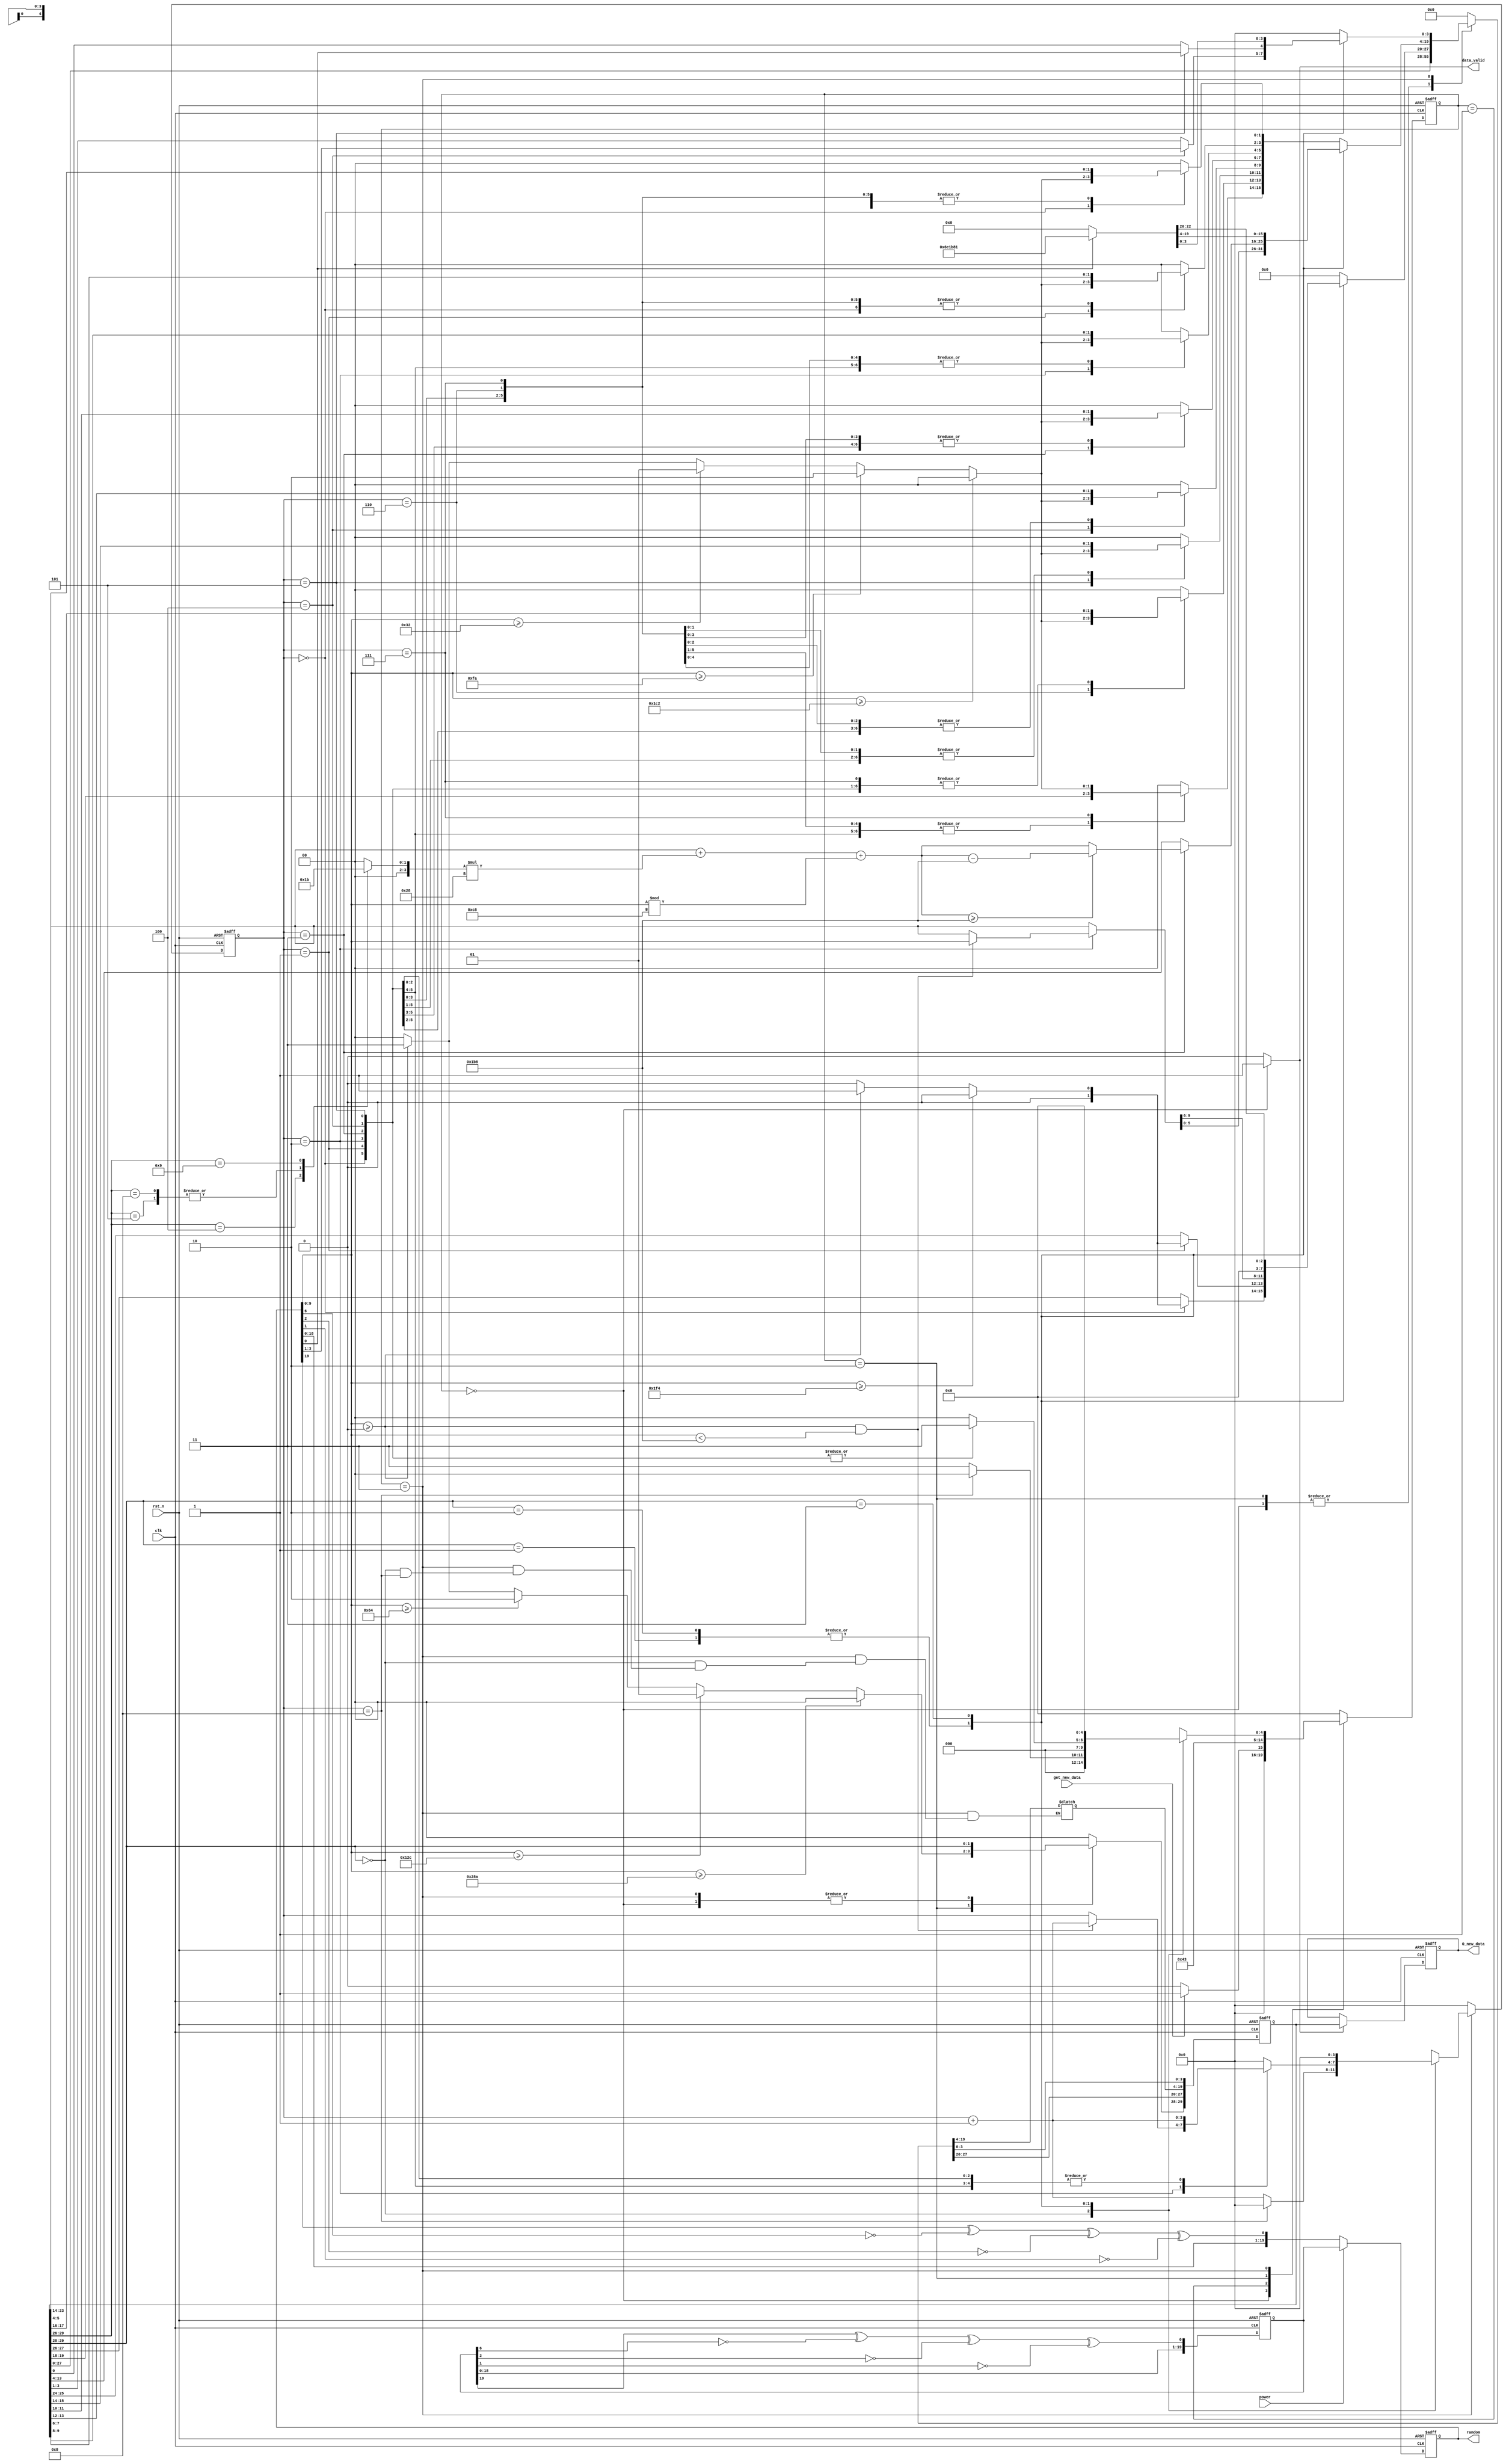
`timescale 1ns / 1ps
//////////////////////////////////////////////////////////////////////////////////
// Company: 
// Engineer: 
// 
// Design Name: 
// Module Name: random_seed
// Project Name: 
// Target Devices: 
// Tool Versions: 
// Description: 
// 
// Dependencies: 
// 
// Revision:
// Revision 0.01 - File Created
// Additional Comments:
// 
//////////////////////////////////////////////////////////////////////////////////


module random_seed(
	clk, 
	rst_n,
	power,
	get_new_data,
	random,
	O_new_data,
	data_valid
);
	input clk;
	input rst_n;
	input power;
	input get_new_data;
	output [19:0] random;
	output [29:0] O_new_data;
	output reg data_valid;

    // var for LFSR
	reg [19:0] random_time, random_time_next;
	reg [19:0] random, random_next;
	reg random_xnor;
	// end of var for LFSR
	
	// var for generate data
	reg [4:0] generate_state, generate_state_next;
	reg [29:0] O_new_data, O_new_data_next, new_data, new_data_next;
	parameter GRASS = 2'b00, ROAD = 2'b01, RIVER = 2'b10, RAIL = 2'b11;
    parameter EMPTY = 2'b00, TREE = 2'b01, ROCK = 2'b10, COIN = 2'b11;
    parameter CAR_1 = 2'b00, CAR_2 = 2'b01, CAR_3 = 2'b10, CAR_4 = 2'b11;
    parameter WATER_1 = 2'b00, WATER_2 = 2'b01, WATER_3 = 2'b10, WATER_4 = 2'b11;
    parameter TRAIN = 2'b00;
	parameter WAIT = 5'd0, GENERATE_CONTROL = 5'd1, GENERATE_GROUND = 5'd2, GENERATE_BARRIER = 5'd3;
	reg [3:0] counter_barrier, counter_barrier_next;
	reg [3:0] barrier_quantity;
	reg [3:0] barrier_size;
	// end of var for generate data
	
	// generate data
	always @ *
	begin
	   	case (generate_state)
	       	WAIT : begin
	           	// retain
               	new_data_next = new_data;
               	counter_barrier_next = 4'd0;
               	barrier_quantity = 4'd0;
               	// end of retain

               	data_valid = 1'b1;
               
	           	if (get_new_data) begin
	            	generate_state_next = GENERATE_CONTROL;
	           	end
	           	else begin
	               	generate_state_next = WAIT;
	           	end
	       	end
	       	GENERATE_CONTROL : begin
	           	// retain
	           	new_data_next = 30'd0;
	           	counter_barrier_next = 4'd0;
	           	barrier_quantity = 4'd0;
	           	data_valid = 1'b0;
	           	// end of retain
	           
	           	generate_state_next = GENERATE_GROUND;
	       	end
	       	GENERATE_GROUND : begin
	           	// retain
	           	new_data_next[27:0] = new_data[27:0];
	           	counter_barrier_next = 4'd0;
               	barrier_quantity = 4'd0;
               	data_valid = 1'b0;
	           	// end of retain
	           
	           	if (random[9:0] >= 10'd650) begin
	               	new_data_next[29:28] = GRASS;
	           	end
	           	else if (random[9:0] >= 10'd300) begin
	               	new_data_next[29:28] = ROAD;
	           	end
	           	else if (random[9:0] >= 10'd100) begin
	               	new_data_next[29:28] = RIVER;
	           	end
	           	else if (random[9:0] >= 10'd0) begin
	               	new_data_next[29:28] = RAIL;
	           	end
	           	else begin
	               	new_data_next[29:28] = GRASS;
	           	end
	           
	           	generate_state_next = GENERATE_BARRIER;
	       end
	       GENERATE_BARRIER : begin
	           // retain
	           new_data_next[29:28] = new_data[29:28];
	           data_valid = 1'b0;
	           // end of retain
	           
	           case (new_data[29:28])
	               GRASS : begin
	                   barrier_quantity = 4'd8;
	                   new_data_next[27:20] = 8'b0;
	                   new_data_next[3:0] = 4'b0;
	                   if (counter_barrier == barrier_quantity) begin
	                       generate_state_next = WAIT;
	                       counter_barrier_next = 4'd0;
	                   end
	                   else begin
	                       generate_state_next = GENERATE_BARRIER;
	                       counter_barrier_next = counter_barrier + 4'd1;
	                       	case (counter_barrier)
	                       		4'd0 : begin
	                       			// retain
	                       			new_data_next[19:6] = new_data[19:6];
	                       			// end of retain

	                       			if (random[9:0] >= 10'd450) begin
			                           	new_data_next[5:4] = EMPTY;
			                       	end
			                       	else if (random[9:0] >= 10'd250) begin
			                           	new_data_next[5:4] = ROCK;
			                       	end
			                       	else if (random[9:0] >= 10'd50) begin
			                           	new_data_next[5:4] = TREE;
			                       	end
			                       	else if (random[9:0] >= 10'd0) begin
			                           	new_data_next[5:4] = COIN;
			                       	end
			                       	else begin
			                           	new_data_next[5:4] = 16'd0;
			                       	end
	                       		end
	                       		4'd1 : begin
	                       			// retain
	                       			new_data_next[19:8] = new_data[19:8];
	                       			new_data_next[5:4] = new_data[5:4];
	                       			// end of retain

	                       			if (random[9:0] >= 10'd450) begin
			                           	new_data_next[7:6] = EMPTY;
			                       	end
			                       	else if (random[9:0] >= 10'd250) begin
			                           	new_data_next[7:6] = ROCK;
			                       	end
			                       	else if (random[9:0] >= 10'd50) begin
			                           	new_data_next[7:6] = TREE;
			                       	end
			                       	else if (random[9:0] >= 10'd0) begin
			                           	new_data_next[7:6] = COIN;
			                       	end
			                       	else begin
			                           	new_data_next[7:6] = 16'd0;
			                       	end
	                       		end
	                       		4'd2 : begin
	                       			// retain
	                       			new_data_next[19:10] = new_data[19:10];
	                       			new_data_next[7:4] = new_data[7:4];
	                       			// end of retain

	                       			if (random[9:0] >= 10'd450) begin
			                           	new_data_next[9:8] = EMPTY;
			                       	end
			                       	else if (random[9:0] >= 10'd250) begin
			                           	new_data_next[9:8] = ROCK;
			                       	end
			                       	else if (random[9:0] >= 10'd50) begin
			                           	new_data_next[9:8] = TREE;
			                       	end
			                       	else if (random[9:0] >= 10'd0) begin
			                           	new_data_next[9:8] = COIN;
			                       	end
			                       	else begin
			                           	new_data_next[9:8] = 16'd0;
			                       	end
	                       		end
	                       		4'd3 : begin
	                       			// retain
	                       			new_data_next[19:12] = new_data[19:12];
	                       			new_data_next[9:4] = new_data[9:4];
	                       			// end of retain

	                       			if (random[9:0] >= 10'd450) begin
			                           	new_data_next[11:10] = EMPTY;
			                       	end
			                       	else if (random[9:0] >= 10'd250) begin
			                           	new_data_next[11:10] = ROCK;
			                       	end
			                       	else if (random[9:0] >= 10'd50) begin
			                           	new_data_next[11:10] = TREE;
			                       	end
			                       	else if (random[9:0] >= 10'd0) begin
			                           	new_data_next[11:10] = COIN;
			                       	end
			                       	else begin
			                           	new_data_next[11:10] = 16'd0;
			                       	end
	                       		end
	                       		4'd4 : begin
	                       			// retain
	                       			new_data_next[19:14] = new_data[19:14];
	                       			new_data_next[11:4] = new_data[11:4];
	                       			// end of retain

	                       			if (random[9:0] >= 10'd450) begin
			                           	new_data_next[13:12] = EMPTY;
			                       	end
			                       	else if (random[9:0] >= 10'd250) begin
			                           	new_data_next[13:12] = ROCK;
			                       	end
			                       	else if (random[9:0] >= 10'd50) begin
			                           	new_data_next[13:12] = TREE;
			                       	end
			                       	else if (random[9:0] >= 10'd0) begin
			                           	new_data_next[13:12] = COIN;
			                       	end
			                       	else begin
			                           	new_data_next[13:12] = 16'd0;
			                       	end
	                       		end
	                       		4'd5 : begin
	                       			// retain
	                       			new_data_next[19:16] = new_data[19:16];
	                       			new_data_next[13:4] = new_data[13:4];
	                       			// end of retain

	                       			if (random[9:0] >= 10'd450) begin
			                           	new_data_next[15:14] = EMPTY;
			                       	end
			                       	else if (random[9:0] >= 10'd250) begin
			                           	new_data_next[15:14] = ROCK;
			                       	end
			                       	else if (random[9:0] >= 10'd50) begin
			                           	new_data_next[15:14] = TREE;
			                       	end
			                       	else if (random[9:0] >= 10'd0) begin
			                           	new_data_next[15:14] = COIN;
			                       	end
			                       	else begin
			                           	new_data_next[15:14] = 16'd0;
			                       	end
	                       		end
	                       		4'd6 : begin
	                       			// retain
	                       			new_data_next[19:18] = new_data[19:18];
	                       			new_data_next[15:4] = new_data[15:4];
	                       			// end of retain

	                       			if (random[9:0] >= 10'd450) begin
			                           	new_data_next[17:16] = EMPTY;
			                       	end
			                       	else if (random[9:0] >= 10'd250) begin
			                           	new_data_next[17:16] = ROCK;
			                       	end
			                       	else if (random[9:0] >= 10'd50) begin
			                           	new_data_next[17:16] = TREE;
			                       	end
			                       	else if (random[9:0] >= 10'd0) begin
			                           	new_data_next[17:16] = COIN;
			                       	end
			                       	else begin
			                           	new_data_next[17:16] = 16'd0;
			                       	end
	                       		end
	                       		4'd7 : begin
	                       			// retain
	                       			new_data_next[17:4] = new_data[17:4];
	                       			// end of retain

	                       			if (random[9:0] >= 10'd450) begin
			                           	new_data_next[19:18] = EMPTY;
			                       	end
			                       	else if (random[9:0] >= 10'd250) begin
			                           	new_data_next[19:18] = ROCK;
			                       	end
			                       	else if (random[9:0] >= 10'd50) begin
			                           	new_data_next[19:18] = TREE;
			                       	end
			                       	else if (random[9:0] >= 10'd0) begin
			                           	new_data_next[19:18] = COIN;
			                       	end
			                       	else begin
			                           	new_data_next[19:18] = 16'd0;
			                       	end
	                       		end
	                       		default : begin
	                       			new_data_next[19:4] = 16'b0;
	                       		end
	                       	endcase
	                   end
	               end
	               ROAD : begin
	                   barrier_quantity = 4'd6;
	                   case (counter_barrier)
	                       4'd0 : begin
	                           // retain
	                           new_data_next[25:0] = new_data[25:0];
	                           generate_state_next = GENERATE_BARRIER;
	                           // end of retain
	                           
	                           counter_barrier_next = counter_barrier + 4'd1;
	                           if (random[9:0] >= 10'd500) begin
	                               new_data_next[27:26] = CAR_1;
                               end
                               else if (random[9:0] >= 10'd0) begin
                                   new_data_next[27:26] = CAR_2;
                               end
                               else begin
                                   new_data_next[27:26] = CAR_1;
                               end
	                       end
	                       4'd1 : begin
	                           // retain
                               new_data_next[27:26] = new_data[27:26];
                               new_data_next[23:0] = new_data[23:0];
                               generate_state_next = GENERATE_BARRIER;
                               // end of retain
                               
	                           counter_barrier_next = counter_barrier + 4'd1;
	                           if (random[9:0] >= 10'd500) begin
	                               new_data_next[25:24] = CAR_1;
	                           end
	                           else if (random[9:0] >= 10'd0) begin
	                               new_data_next[25:24] = CAR_2;
	                           end
	                           else begin
	                               new_data_next[25:24] = CAR_1;
	                           end
	                       end
	                       4'd2 : begin
	                           // retain
                               new_data_next[27:24] = new_data[27:24];
                               new_data_next[13:0] = new_data[13:0];
                               generate_state_next = GENERATE_BARRIER;
                               // end of retain
                               
	                           if (random[9:0] >= 10'd0 && random[9:0] < 10'd440) begin
	                               counter_barrier_next = counter_barrier + 4'd1;
	                               new_data_next[23:14] = random[9:0];
	                           end
	                           else begin
	                               counter_barrier_next = counter_barrier;
	                               new_data_next[23:14] = new_data[23:14];
	                           end
	                       end
	                       	4'd3 : begin
	                           	// retain
                               	new_data_next[27:14] = new_data[27:14];
                               	new_data_next[3:0] = new_data[3:0];
                               	generate_state_next = GENERATE_BARRIER;
                               	// end of retain

                               	if (new_data[23:14] + barrier_size * 10'd40 + random[9:0] % 10'd200 >= 10'd440) begin
                               		new_data_next[13:4] = new_data[23:14] + barrier_size * 10'd40 + random[9:0] % 10'd200 - 10'd440;
                               	end
                               	else begin
                               		new_data_next[13:4] = new_data[23:14] + barrier_size * 10'd40 + random[9:0] % 10'd200;
                               	end
                               	
                               	counter_barrier_next = counter_barrier + 4'd1;
	                       end
	                       4'd4 : begin
	                           // retain
                               new_data_next[27:4] = new_data[27:4];
                               new_data_next[0] = new_data[0];
                               generate_state_next = GENERATE_BARRIER;
                               // end of retain
                               
                               counter_barrier_next = counter_barrier + 4'd1;
                               new_data_next[3:1] = random[3:1];
                           end
                           4'd5 : begin
	                           // retain
                               new_data_next[27:1] = new_data[27:1];
                               generate_state_next = GENERATE_BARRIER;
                               // end of retain
                               
                               counter_barrier_next = counter_barrier + 4'd1;
                               new_data_next[0] = random[0];
	                       end
	                       4'd6 : begin
	                           new_data_next[27:0] = new_data[27:0];
	                           counter_barrier_next = 4'd0;
	                           generate_state_next = WAIT;
	                       end
	                       
	                       default : begin
	                           new_data_next[27:0] = new_data[27:0];
	                           counter_barrier_next = 4'd0;
	                           generate_state_next = WAIT;
	                       end
	                   endcase
	               end
	               RIVER : begin
                       barrier_quantity = 4'd6;
                       case (counter_barrier)
                           4'd0 : begin
                               // retain
                               new_data_next[25:0] = new_data[25:0];
                               generate_state_next = GENERATE_BARRIER;
                               // end of retain
                               
                               counter_barrier_next = counter_barrier + 4'd1;
                               if (random[9:0] >= 10'd500) begin
                                   new_data_next[27:26] = WATER_1;
                               end
                               else if (random[9:0] >= 10'd0) begin
                                   new_data_next[27:26] = WATER_2;
                               end
                               else begin
                                   new_data_next[27:26] = WATER_1;
                               end
                           end
                           4'd1 : begin
                               // retain
                               new_data_next[27:26] = new_data[27:26];
                               new_data_next[23:0] = new_data[23:0];
                               generate_state_next = GENERATE_BARRIER;
                               // end of retain
                               
                               counter_barrier_next = counter_barrier + 4'd1;
                               if (random[9:0] >= 10'd500) begin
                                   new_data_next[25:24] = WATER_1;
                               end
                               else if (random[9:0] >= 10'd0) begin
                                   new_data_next[25:24] = WATER_2;
                               end
                               else begin
                                   new_data_next[25:24] = WATER_1;
                               end
                           end
                           4'd2 : begin
                               // retain
                               new_data_next[27:24] = new_data[27:24];
                               new_data_next[13:0] = new_data[13:0];
                               generate_state_next = GENERATE_BARRIER;
                               // end of retain
                               
                               if (random[9:0] >= 10'd0 && random[9:0] < 10'd440) begin
                                   counter_barrier_next = counter_barrier + 4'd1;
                                   new_data_next[23:14] = random[9:0];
                               end
                               else begin
                                   counter_barrier_next = counter_barrier;
                                   new_data_next[23:14] = new_data[23:14];
                               end
                           end
                           	4'd3 : begin
                               	// retain
                               	new_data_next[27:14] = new_data[27:14];
                               	new_data_next[3:0] = new_data[3:0];
                               	generate_state_next = GENERATE_BARRIER;
                               	// end of retain
                          
                               	if (new_data[23:14] + barrier_size * 10'd40 + random[9:0] % 10'd200 >= 10'd440) begin
                               		new_data_next[13:4] = new_data[23:14] + barrier_size * 10'd40 + random[9:0] % 10'd200 - 10'd440;
                               	end
                               	else begin
                               		new_data_next[13:4] = new_data[23:14] + barrier_size * 10'd40 + random[9:0] % 10'd200;
                               	end
                               	
                               	counter_barrier_next = counter_barrier + 4'd1;
                           end
                           4'd4 : begin
                               // retain
                               new_data_next[27:4] = new_data[27:4];
                               new_data_next[0] = new_data[0];
                               generate_state_next = GENERATE_BARRIER;
                               // end of retain
                               
                               counter_barrier_next = counter_barrier + 4'd1;
                               new_data_next[3:1] = random[3:1];
                           end
                           4'd5 : begin
                               // retain
                               new_data_next[27:1] = new_data[27:1];
                               generate_state_next = GENERATE_BARRIER;
                               // end of retain
                               
                               counter_barrier_next = counter_barrier + 4'd1;
                               new_data_next[0] = random[0];
                           end
                           4'd6 : begin
                               new_data_next[27:0] = new_data[27:0];
                               counter_barrier_next = 4'd0;
                               generate_state_next = WAIT;
                           end
                           
                           default : begin
                               new_data_next[27:0] = new_data[27:0];
                               counter_barrier_next = 4'd0;
                               generate_state_next = WAIT;
                           end
                       endcase
                   end
	               RAIL : begin
                       // retain
                       barrier_quantity = 4'd0;
                       counter_barrier_next = 4'd0;
                       // end of retain
                       if (random[0] == 1'b0) begin
                           new_data_next[27:0] = {4'b0, 10'd0, 10'd0, 3'd0, 1'b0};
                       end
                       else if (random[0] == 1'b1) begin
                           new_data_next[27:0] = {4'b0, 10'd440, 10'd440, 3'd0, 1'b1};
                       end
                       else begin
                           new_data_next[27:0] = new_data[27:0];
                       end
                       
                       generate_state_next = WAIT;
                   end
	               default : begin
	                   generate_state_next = WAIT;
	                   barrier_quantity = 4'd0;
	                   counter_barrier_next = 4'd0;
	                   new_data_next[27:0] = new_data[27:0]; 
	               end
	           endcase
	       end
	       default : begin
	           barrier_quantity = 4'd0;
	           counter_barrier_next = 4'd0;
	           generate_state_next = WAIT;
	           new_data_next = 30'd0;
	           data_valid = 1'b0;
	       end
	   endcase
	end
	
	always @ *
	begin
	   case (new_data[29:26])
	       {ROAD, CAR_1} : begin
	           barrier_size = 4'd1;
	       end
	       {ROAD, CAR_2} : begin
	           barrier_size = 4'd2;
	       end
	       {RIVER, WATER_1} : begin
	           barrier_size = 4'd2;
	       end
	       {RIVER, WATER_2} : begin
	           barrier_size = 4'd3;
	       end
	       default : begin
	           barrier_size = 4'd0;
	       end
	   endcase
	end
	
	always @ *
	begin
	   if (data_valid == 1'b1)
	       O_new_data_next = new_data;
	   else
	       O_new_data_next = O_new_data;
	end
	
	always @ (posedge clk or negedge rst_n) begin
	   if (~rst_n) begin
	       generate_state <= WAIT;
	       O_new_data <= 30'd0;
	       new_data <= 30'd0;
	       counter_barrier <= 4'd0;
	   end
	   else begin
	       generate_state <= generate_state_next;
	       O_new_data <= O_new_data_next;
	       new_data <= new_data_next;
	       counter_barrier <= counter_barrier_next;
	   end
	end
	// end of generate data

	// LFSR
	always @ *
	begin
		if (power) begin
			random_next = random_time;
		end
		else begin
			random_next = {random[18:0], random_xnor};
		end

	end

	always @ *
	begin
		random_time_next = {random_time[18:0], random_time[19] ^ ~random_time[6] ^ ~random_time[2] ^ ~random_time[1]};
		random_xnor = random[19] ^ ~random[6] ^ ~random[2] ^ ~random[1];
	end

	always @ (posedge clk or negedge rst_n) begin
		if (~rst_n) begin
			random <= 20'b10001000111000110101;
			random_time <= 20'b11011000100111000101;
		end
		else begin
			random <= random_next;
			random_time <= random_time_next;
		end
	end
	// end of LFSR

endmodule